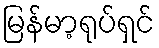
မြန်မာ့ရုပ်ရှင်